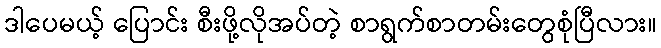
ဒါပေမယ့် ပြောင်း စီးဖို့လိုအပ်တဲ့ စာရွက်စာတမ်းတွေစုံပြီလား။